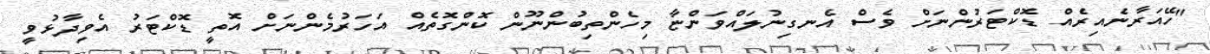
"ހޭއަރާނެއިރެއް ޑޮކްޓަރުންނަށް ވެސް އެނގިނުލައްވަންޏާ މިހެންތިބުންނޫން ކޮންގޮތެއް އަހަރުމެންނަށް އޮތީ ޑޮކްޓަރު އެވިދާޅުވީ